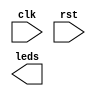
`timescale 1ns / 1ps
//////////////////////////////////////////////////////////////////////////////////
//////////////////////////////////////////////////////////////////////////////////
module GrayCounter_System(clk, rst, leds);
  parameter N = 4;
  parameter distance = 100000000;
  input clk, rst;
  output [N-1:0] leds;
  wire pulse;
    
  // Instantiation  n of the GrayCounter_Pulse 
	 
  // Instantiation of the gray_Nbits 


endmodule